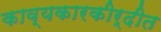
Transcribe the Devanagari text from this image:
काव्यकारकीर्दीत